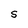
Character: S